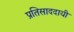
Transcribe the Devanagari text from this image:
प्रतिसाददायी